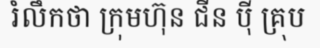
រំលឹកថា ក្រុមហ៊ុន ជីន ប៉ី គ្រុប